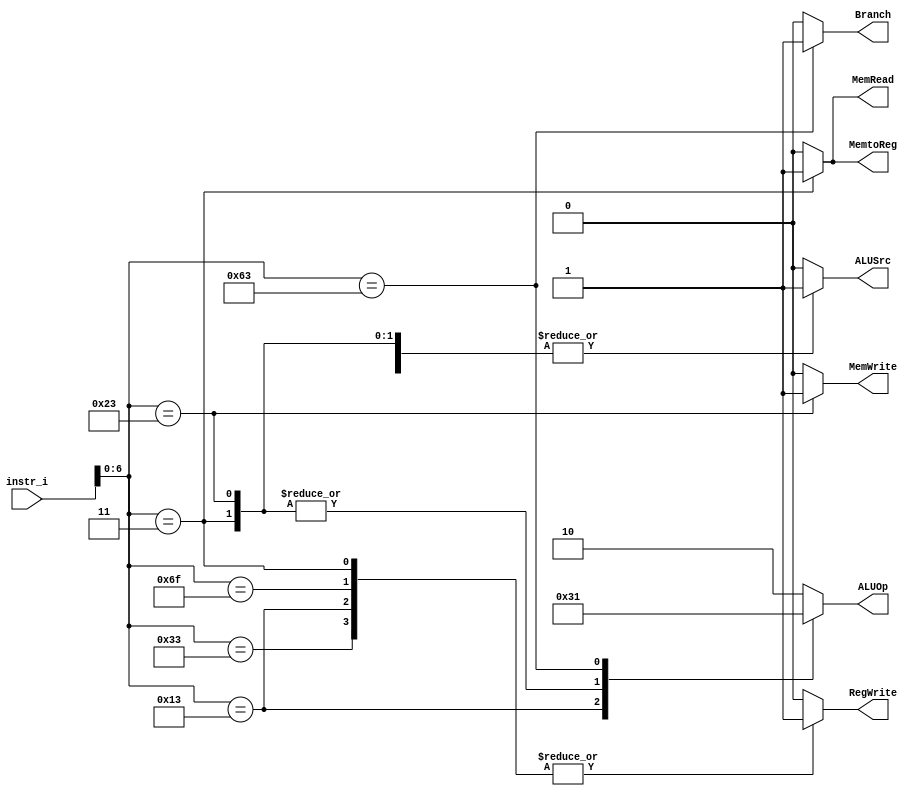
/***************************************************
Student Name: , 
Student ID: 0716229, 0716236
***************************************************/

`timescale 1ns/1ps

module Decoder(
	input  [32-1:0] instr_i,
	output     reg     ALUSrc,
	output     reg     MemtoReg,
	output     reg     RegWrite,
	output     reg    MemRead,
	output     reg     MemWrite,
	output    reg      Branch,
	output reg[1:0]	ALUOp
	);
	
/* Write your code HERE */
always@(*)begin
	case(instr_i[6:0])
	//R-type
	7'b0110011: begin
		ALUSrc=0;
		MemtoReg=0;
		RegWrite=1;
		MemRead=0;
		MemWrite=0;
		Branch=0;
		ALUOp=2'b10;
	end
	//I-type
	7'b0010011:begin
		ALUSrc=1;
		MemtoReg=0;
		RegWrite=1;
		MemRead=0;
		MemWrite=0;
		Branch=0;
		ALUOp=2'b11;
	end
	7'b0000011:begin //lw
		ALUSrc=1;
		MemtoReg=1;
		RegWrite=1;
		MemRead=1;
		MemWrite=0;
		Branch=0;
		ALUOp=2'b00;	
	end
	//S-type
	7'b0100011:begin //sw
		ALUSrc=1;
		MemtoReg=0;
		RegWrite=0;
		MemRead=0;
		MemWrite=1;
		Branch=0;
		ALUOp=2'b00;
	end
	//B-type
	7'b1100011:begin
		ALUSrc=0;
		MemtoReg=0;
		RegWrite=0;
		MemRead=0;
		MemWrite=0;
		Branch=1;
		ALUOp=2'b01;
	end
	//JU-type
	7'b1101111:begin //jal
		ALUSrc=0;
		MemtoReg=0;
		RegWrite=1;
		MemRead=0;
		MemWrite=0;
		Branch=0;
		ALUOp=2'b10;
	end
	7'b1100111:begin //jalr
		ALUSrc=0;
		MemtoReg=0;
		RegWrite=0;
		MemRead=0;
		MemWrite=0;
		Branch=0;
		ALUOp=2'b10;
	end
	default:begin
		ALUSrc=0;
		MemtoReg=0;
		RegWrite=0;
		MemRead=0;
		MemWrite=0;
		Branch=0;
		ALUOp=2'b10;
	end
	endcase
end

endmodule